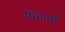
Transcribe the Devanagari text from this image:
पोनानी